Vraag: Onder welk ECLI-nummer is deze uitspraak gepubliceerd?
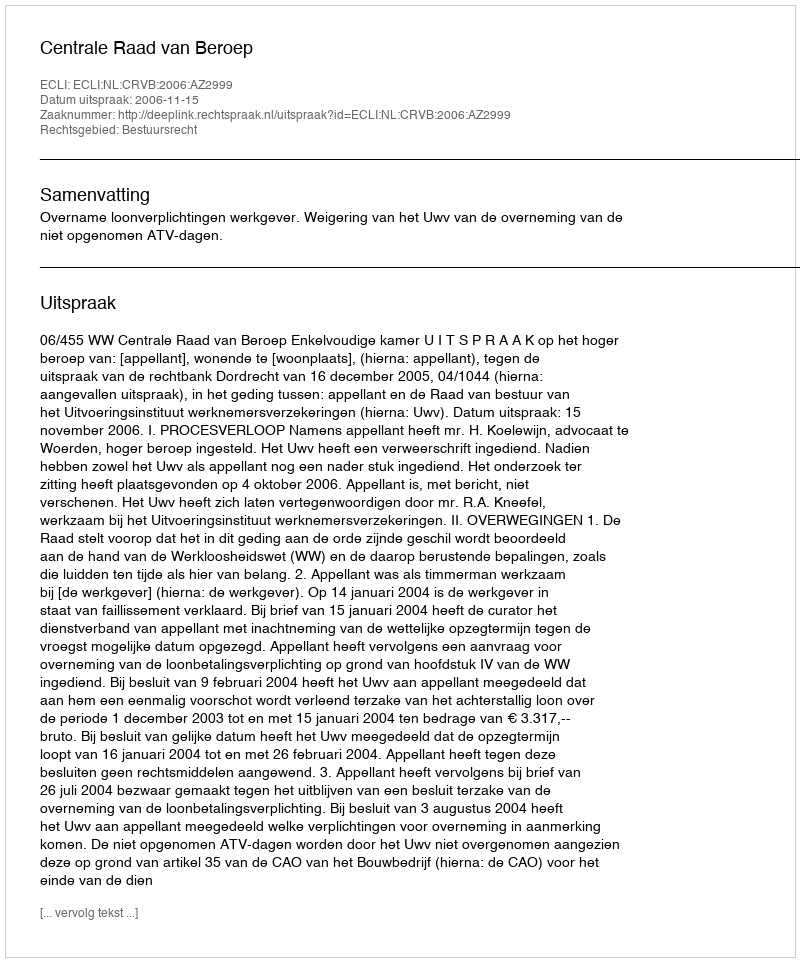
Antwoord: ECLI:NL:CRVB:2006:AZ2999